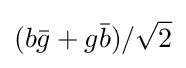
(b{\bar {g}}+g{\bar {b}})/{\sqrt {2}}